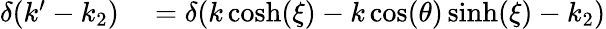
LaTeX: \begin{array}{rl}{\delta(k^{\prime}-k_{2})}&{{}=\delta(k\cosh(\xi)-k\cos(\theta)\sinh(\xi)-k_{2})}\end{array}